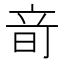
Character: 𥩬